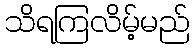
သိရကြလိမ့်မည်